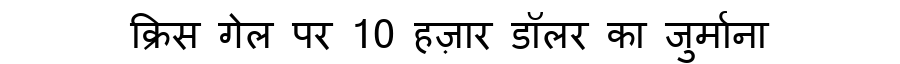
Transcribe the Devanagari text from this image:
क्रिस गेल पर 10 हज़ार डॉलर का जुर्माना